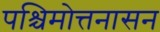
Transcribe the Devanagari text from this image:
पश्चिमोत्तनासन